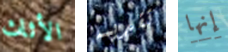
الأثاث تقديمه إنها